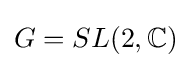
G=SL(2,\mathbb {C} )